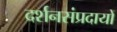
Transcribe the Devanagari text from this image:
दर्शनसंप्रदायों